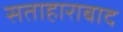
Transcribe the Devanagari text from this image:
सताहाराबाद